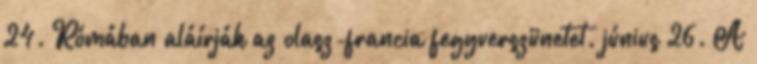
24. Rómában aláírják az olasz-francia fegyverszünetet. június 26. A